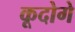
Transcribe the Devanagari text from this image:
कूदोगे